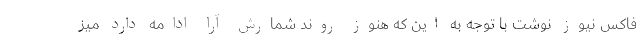
فاکس نیوز نوشت با توجه به این که هنوز روند شمارش آرا ادامه دارد میز